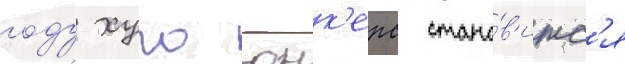
году хуго юнк'ерс стано́в'итс'я